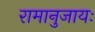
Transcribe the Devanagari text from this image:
रामानुजायः